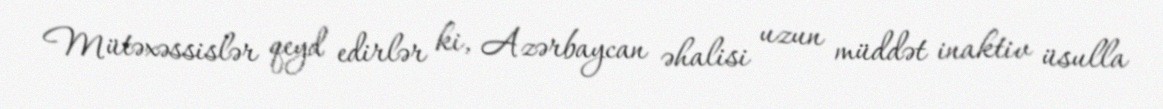
Mütəxəssislər qeyd edirlər ki, Azərbaycan əhalisi uzun müddət inaktiv üsulla